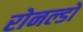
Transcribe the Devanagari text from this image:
रोनल्डो